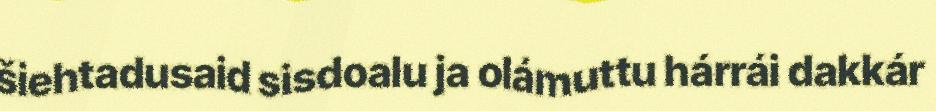
šiehtadusaid sisdoalu ja olámuttu hárrái dakkár